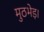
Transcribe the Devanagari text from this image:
मुठभेड़।